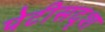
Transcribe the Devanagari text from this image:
पेटीसदृश